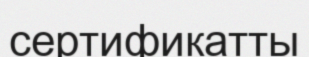
сертификатты